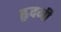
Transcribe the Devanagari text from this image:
ह्वदनी